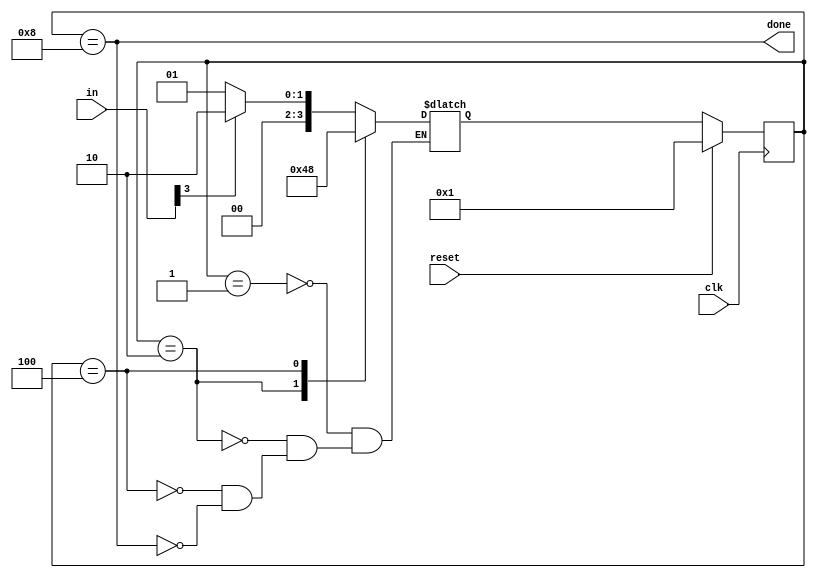
module top_module(
    input clk,
    input [7:0] in,
    input reset,    // Synchronous reset
    output done); //

    reg [3:0] state, next_state;
    reg [31:0] counter;
    parameter
    	B1 = 4'b0001, B2 = 4'b0010, B3 = 4'b0100, Dn = 4'b1000;
    // State transition logic (combinational)
    always @ (*) begin
        case (state)
            B1: next_state = (in[3])?B2:B1;
            B2: next_state = B3;
            B3: next_state = Dn;
            Dn: next_state = (in[3])?B2:B1;
        endcase
    end

    // State flip-flops (sequential)
    always @ (posedge clk) begin
        if (reset)
            state <= B1;
        else 
            state <= next_state;
    end
 
    // Output logic
    assign done = (state==Dn);

endmodule

//
// module top_module(
//     input clk,
//     input [7:0] in,
//     input reset,    // Synchronous reset
//     output done); //

//     reg [2:0] state;
    
//     always @(posedge clk) begin
//         if (reset) 
//             state <= 2'b00;
//         else begin
//             case (state)
//                 2'b00: begin
//                     if (in[3]==1'b1)
//                         state <= 2'b01;
//                 	else
//                         state <= 2'b00;
//                 end
//                 2'b01:
//                     state <= 2'b10;
//                 2'b10:
//                     state <= 2'b11;
//                 2'b11: begin
//                     if (in[3]==1'b1)
//                         state <= 2'b01;
//                     else
//                     	state <= 2'b00;
//                 end
//             endcase
//         end
//     end
        
//     assign done = (state==2'b11)?1:0;
//     // State transition logic (combinational)

//     // State flip-flops (sequential)
 
//     // Output logic

// endmodule